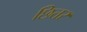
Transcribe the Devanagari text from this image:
छितर